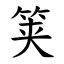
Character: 䇲